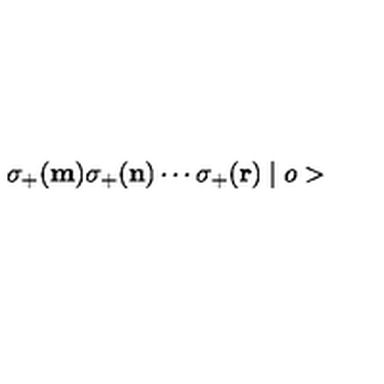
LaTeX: \sigma _ { + } ( { \bf m } ) \sigma _ { + } ( { \bf n } ) \cdots \sigma _ { + } ( { \bf r } ) \mid o >